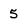
Character: 5